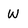
Character: W